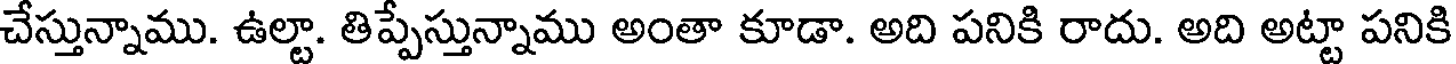
చేస్తున్నాము. ఉల్టా. తిప్పేస్తున్నాము అంతా కూడా. అది పనికి రాదు. అది అట్టా పనికి